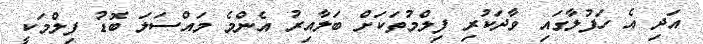
އަދި އެ ހަފުލާގައި ވާދަކުރި ފިލްމުތަކަށް ބަލާއިރު އެންމެ މައްސަލަ ބޮޑު ފިލްމަކީ